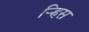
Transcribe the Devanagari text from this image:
र्‍हिस